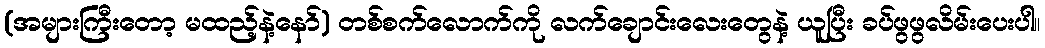
(အများကြီးတော့ မထည့်နဲ့နော်) တစ်စက်လောက်ကို လက်ချောင်းလေးတွေနဲ့ ယူပြီး ခပ်ဖွဖွလိမ်းပေးပါ။